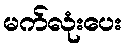
မက်လုံးပေး